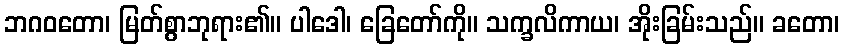
ဘဂဝတော၊ မြတ်စွာဘုရား၏။ ပါဒေါ၊ ခြေတော်ကို။ သက္ခလိကာယ၊ အိုးခြမ်းသည်။ ခတော၊